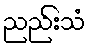
ညည်းသံ